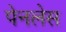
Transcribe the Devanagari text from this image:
पेनलेस